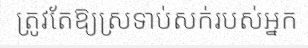
ត្រូវតែឱ្យស្រទាប់សក់របស់អ្នក